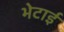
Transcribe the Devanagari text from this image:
भेटाई